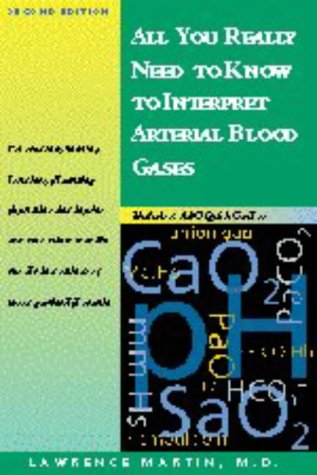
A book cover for All You Really Need to Know to Interpret Arterial Blood Gases (Includes ABC Quik Course); Lawrence Martin MD  FACP  FCCP; Medical Books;